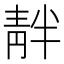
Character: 𫕺